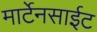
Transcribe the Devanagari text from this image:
मार्टेनसाईट